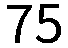
75